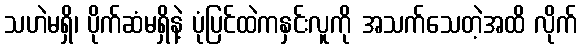
သဟဲမရှိ၊ ပိုက်ဆံမရှိနဲ့ ပုံပြင်ထဲကနှင်းလူကို အသက်သေတဲ့အထိ လိုက်